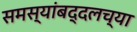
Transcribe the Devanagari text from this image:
समस्यांबद्दलच्या